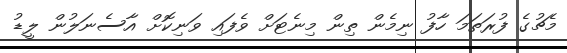
މެޗުގެ ފުރަތަމަ ހާފު ނިމެން ތިން މިނެޓަށް ވެފައި ވަނިކޮށް އާސެނަލުން ލީޑު